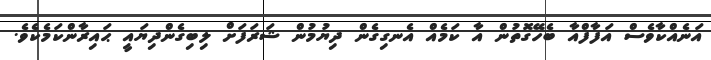
އަނެއްކާވެސް އަފާފްއާ ބެހޭގޮތުން އާ ކަމެއް އެނގިގެން ދިޔުމުން ޝަރަފަށް ލިބިގެންދިޔައީ ޙައިރާންކަމެކެވެ.